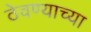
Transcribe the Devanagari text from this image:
ठेवण्‍याच्‍या